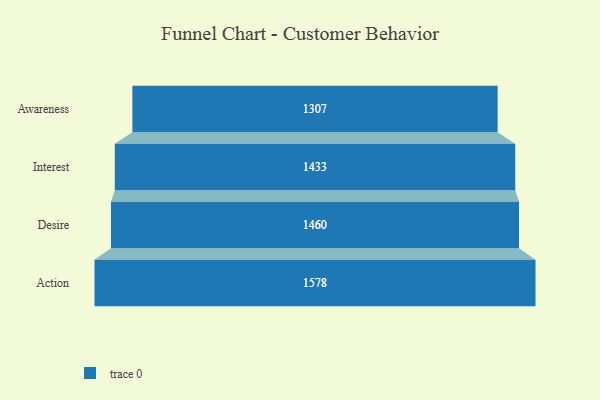
{"axis": {"x": "Stage", "y": "Value"}, "legend": [""], "data": [{"x": "Awareness", "y": 1307.0, "type": ""}, {"x": "Interest", "y": 1433.0, "type": ""}, {"x": "Desire", "y": 1460.0, "type": ""}, {"x": "Action", "y": 1578.0, "type": ""}]}